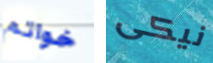
خواتم نيكى